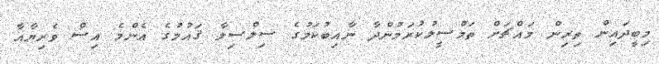
މިބީދައިން ތިރިން މައްޗަށް ތަމްސީލުކުރަމުންދާ ނާއިބުކަމުގެ ސިލްސިލާ ޤައުމުގެ އެންމެ އިސް ވެރިޔާއާ